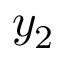
y _ { 2 }